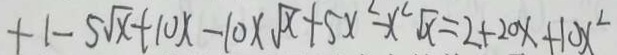
+ 1 - 5 \sqrt { x } + 1 0 x - 1 0 \times \sqrt { x } + 5 x ^ { 2 } - x ^ { 2 } \sqrt { x } = 2 + 2 0 x + 1 0 x ^ { 2 }